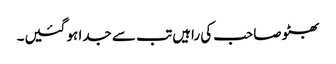
بھٹو صاحب کی راہیں تب سے جدا ہو گئیں۔